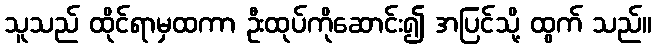
သူသည် ထိုင်ရာမှထကာ ဦးထုပ်ကိုဆောင်း၍ အပြင်သို့ ထွက် သည်။